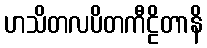
ဟသိတလပိတကီဠိတာနိ